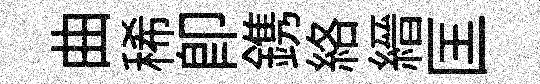
曲稀即鎸絡縉匡